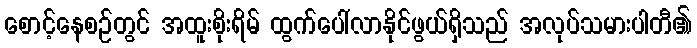
စောင့်နေစဉ်တွင် အထူးစိုးရိမ် ထွက်ပေါ်လာနိုင်ဖွယ်ရှိသည် အလုပ်သမားပါတီ၏